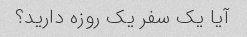
آیا یک سفر یک روزه دارید؟